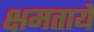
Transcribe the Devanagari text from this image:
क्षमतायें